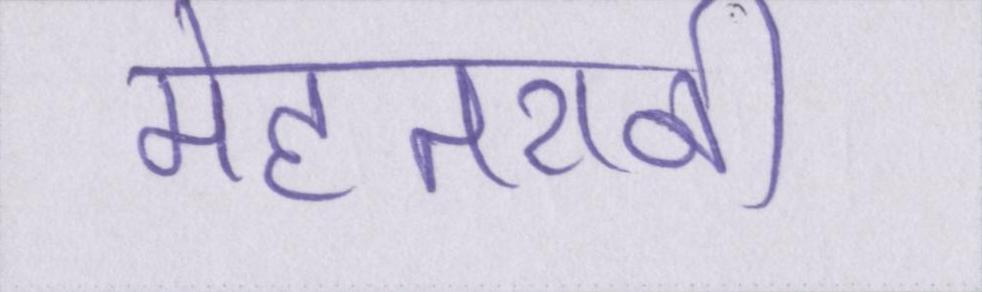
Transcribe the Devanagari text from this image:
मेहतरानी